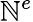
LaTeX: \mathbb{N}^{e}